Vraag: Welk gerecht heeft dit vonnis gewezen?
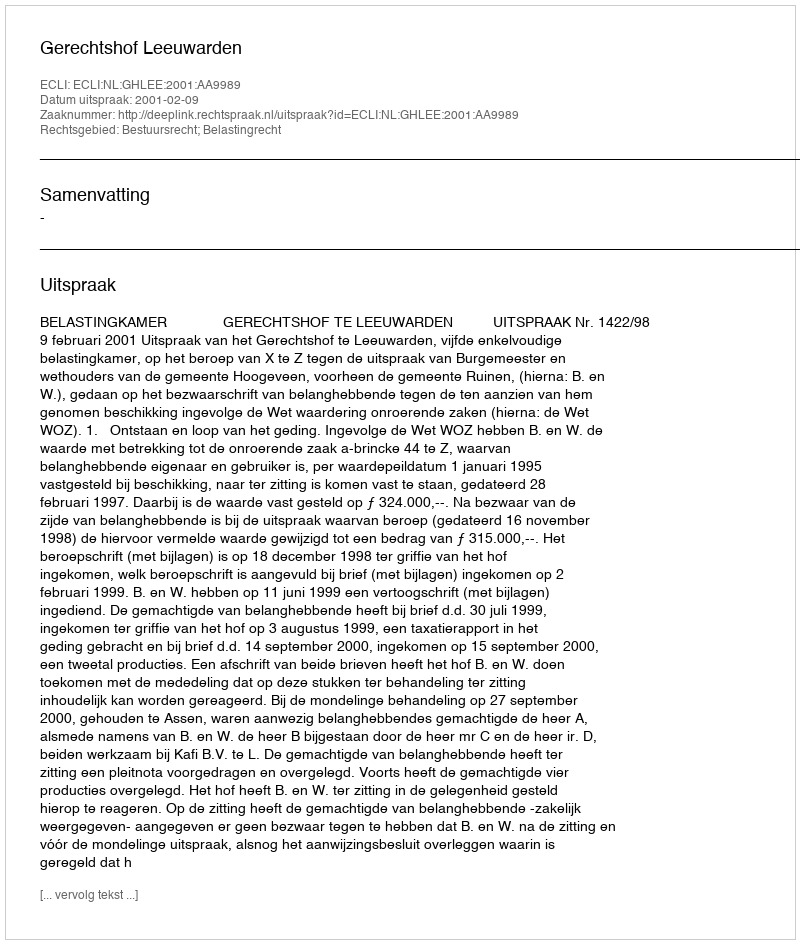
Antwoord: Gerechtshof Leeuwarden